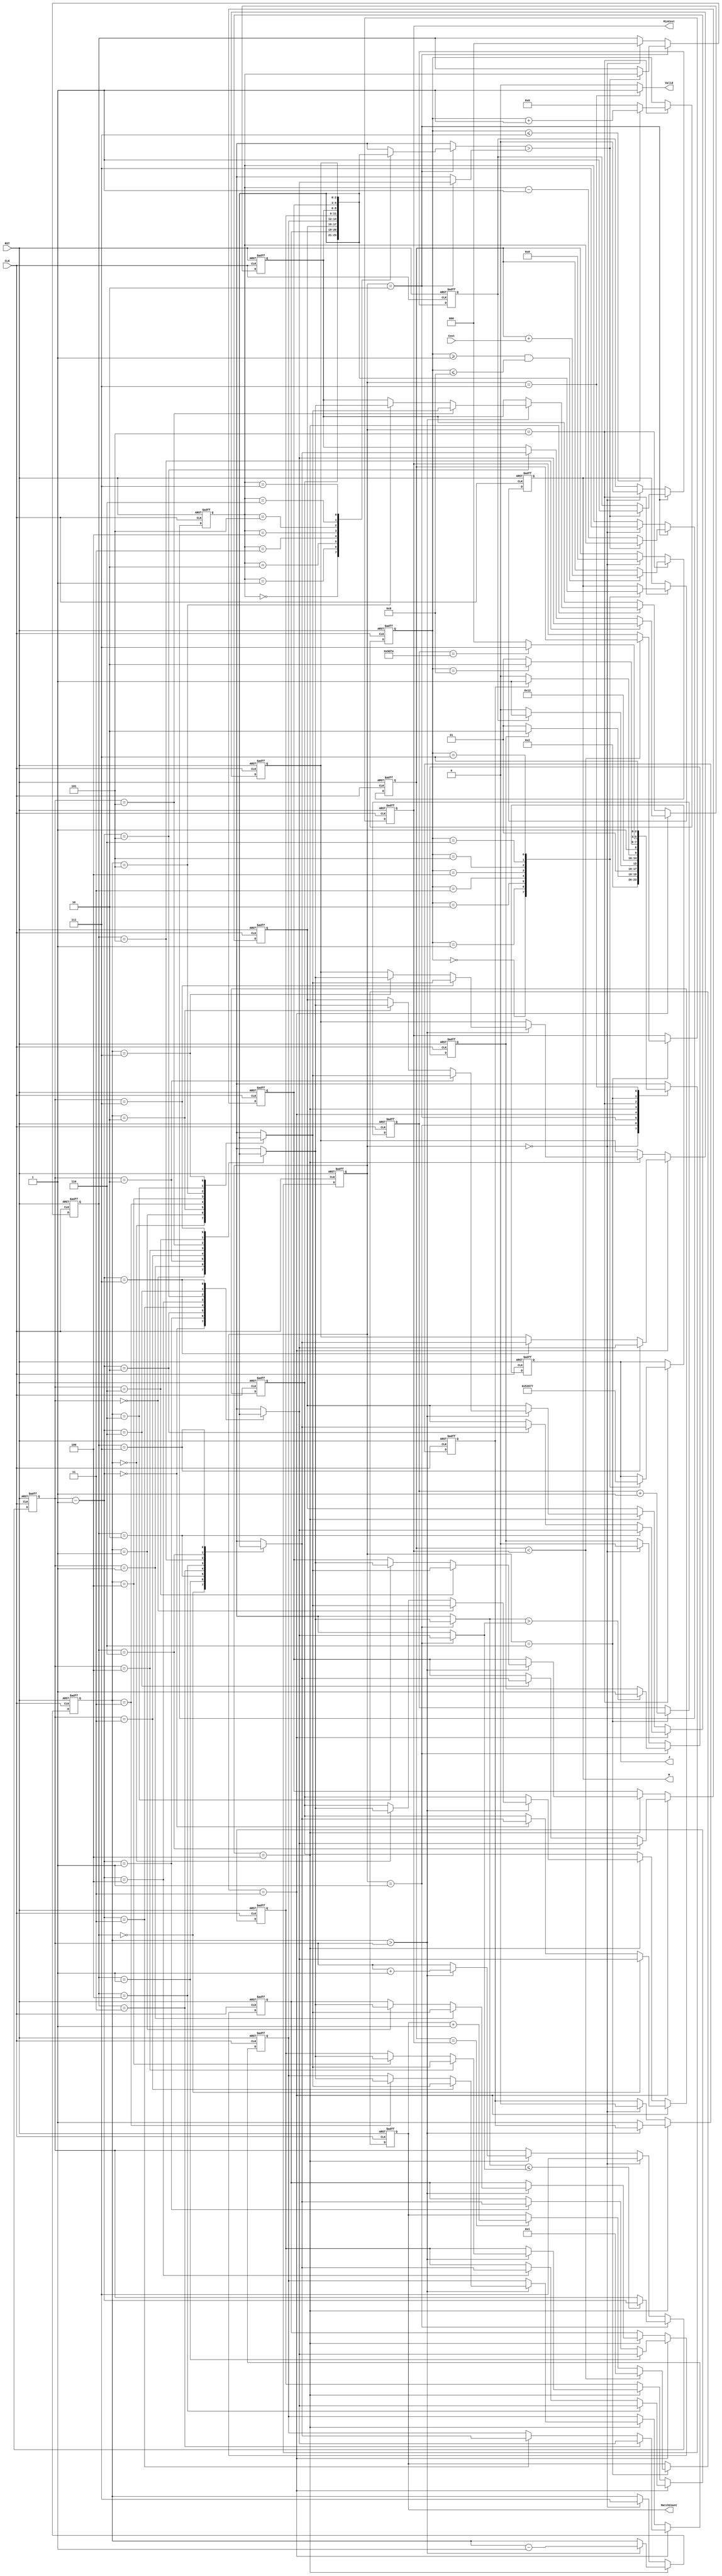
module JAM (
input CLK,
input RST,
output reg [2:0] W,
output reg [2:0] J,
input [6:0] Cost,
output reg [3:0] MatchCount,
output reg [9:0] MinCost,
output reg Valid );
    
    
    //2 ^ 16 
    reg [15:0]round;//*****************************
    reg [2:0]p[0:7];
    reg [2:0]index, min,k,j;
    reg [3:0] sum;
    reg [2:0]state_current, state_next; //********************
    reg next_sort;
    reg next_CAL;
    reg next_part;
    reg [3:0]counter;
    
    parameter IDLE = 3'd0;
    parameter SORT = 3'd1;  
    parameter ALLOCATE = 3'd2;
    parameter PART = 3'd3;
    parameter WHOLE = 3'd4;
    parameter CAL = 3'd5;
    parameter COMPARE = 3'd6;
    parameter DONE = 3'd7;
    
    always @(posedge CLK or posedge RST)begin
        if(RST)begin
            state_current <= IDLE;
        end
        else begin
            state_current <= state_next;
        end
    end
    
    always @(*)begin
        state_next = IDLE;
        case(state_current)
            IDLE : state_next = SORT;
            SORT : begin
                if(next_sort) state_next = ALLOCATE;
                else state_next = SORT;
            end
            ALLOCATE : begin
                if(next_part) state_next=PART;
                else state_next=ALLOCATE;
            end
            PART : state_next = WHOLE;
            WHOLE : begin 
                if(next_CAL) state_next=CAL;
                else state_next= WHOLE;
            end
            CAL : begin 
                if(counter== 8) state_next = COMPARE; 
                else state_next = CAL;
            end
            COMPARE : begin
                if(round == 16'd40318) state_next = DONE;
                else state_next = IDLE;
            end
            DONE : state_next = DONE;
        endcase
    end
    
    
    always @(posedge CLK or posedge RST)begin   // next_sort
        if(RST)begin            
            next_sort <= 0;
        end else begin
            if(state_current==SORT) begin
                if(p[index]>p[index-1])
                    next_sort <= 1;
            end else if(state_current == IDLE)begin
                next_sort <= 0;
            end
        end
    end

    always @(posedge CLK or posedge RST)begin   // sum
        if(RST)begin
            sum <= 0;
        end
        else begin
            if(state_current==SORT) begin
                if(p[index]>p[index-1]) begin
                    sum<= index+7;
                end
            end
        end
    end
    
    always @(posedge CLK or posedge RST)begin   // index
        if(RST)begin
            index <= 7;
        end
        else begin
            if(state_current == SORT) begin
                if(p[index] <= p[index-1])
                    index <= index-1;
            end else if(state_current == IDLE)begin
                index <= 3'd7;
            end else if(state_current == WHOLE) begin
                if(k > index)
                    index <= index+1;
            end
        end
    end
    
    always @(posedge CLK or posedge RST)begin   //ALLOCATE, next_part, min, j
        if(RST)begin
           j  <= 3'd7;
           min <= 3'd0;
           next_part<=0;
        end
        else begin
            if(state_current==ALLOCATE) begin
                if(p[j]>p[index-1]) begin
                    min<=j;
                    next_part<=1;
                end
                else j<=j-1;
            end
            else if(state_current == IDLE)begin
                j  <= 3'd7;
                min <= 3'd0;
                next_part<=0;
            end
        end
    end
    
    always @(posedge CLK or posedge RST)begin   // p 
        if(RST)begin
            p[0] <= 3'd0;
            p[1] <= 3'd1;
            p[2] <= 3'd2;
            p[3] <= 3'd3;
            p[4] <= 3'd4;
            p[5] <= 3'd5;
            p[6] <= 3'd6;
            p[7] <= 3'd7;
        end else begin
            if(state_current==PART) begin
                p[index-1]<=p[min];
                p[min]<=p[index-1];
            end else if(state_current==WHOLE) begin
                if(k>index) begin
                    p[k]<=p[index];
                    p[index]<=p[k];
                end
            end
        end
    end
    
    always @(posedge CLK or posedge RST)begin   //WHOLE: k, next_CAL
        if(RST)begin
           k<=3'd7;
           next_CAL<=0;
        end
        else begin
            if(state_current==WHOLE) begin
                if(k>index) begin
                    k<=k-1;
                end
                else next_CAL <=1;
            end
            else if(state_current==IDLE) begin
                 k<=3'd7;
                 next_CAL<=0;                
            end
        end
    end
    
    reg [9:0]result;
    always @(posedge CLK or posedge RST)begin   //CAL: result
        if(RST) 
            result <= 0;
        else begin
            if(state_current==CAL) begin
                if(counter >= 1 && counter <= 8) begin
                    result <= result + Cost;
                end
            end else if(state_current == IDLE) begin
                result <= 0;
            end
        end
    end
    
    always @(posedge CLK or posedge RST)begin   //CAL
        if(RST)begin
            counter <= 0;
            //Cost <= 0;
            W <= 0;
            J <= 0;
        end
        else begin
            if(state_current==CAL) begin
                case(counter)
                    0 : begin
                        W <= p[0];
                        J <= 0;
                        //Cost <= Cost;
                    end
                    1 : begin
                        W <= p[1];
                        J <= 1;
                        //Cost <= Cost;
                    end
                    2 : begin
                        W <= p[2];
                        J <= 2;
                        //Cost <= Cost;
                    end
                    3 : begin
                        W <= p[3];
                        J <= 3;
                        //Cost <= Cost;
                    end
                    4 : begin
                        W <= p[4];
                        J <= 4;
                        //Cost <= Cost;
                    end
                    5 : begin
                        W <= p[5];
                        J <= 5;
                        //Cost <= Cost;
                    end
                    6 : begin
                        W <= p[6];
                        J <= 6;
                        //Cost <= Cost;
                    end
                    7 : begin
                        W <= p[7];
                        J <= 7;
                        //Cost <= Cost;
                    end
                endcase
                
                if(counter <= 7) counter <= counter + 1;
                else counter <= 0;
            end
            /*
            else if(state_current != CAL && state_current != COMPARE) begin
                result <= 0;
                //Cost <= 0;
            end
            */
        end
    end
    
    reg [9:0]tmp;
    
    always @(posedge CLK or posedge RST)begin   //COMPARE
        if(RST)begin
            MatchCount <= 1;
            MinCost <= 10'd1023;
            round<=0;
        end
        else begin
            if(state_current==COMPARE) begin
                if(result < MinCost)    begin
                    MatchCount <= 1;
                    MinCost <= result;
                    round<=round+1;
                end
                else if(result == MinCost) begin 
                    MatchCount <= MatchCount + 1;
                    round<=round+1;
                end
                else begin
                    round<=round+1;
                end
            end
        end
    end
    
    always @(*) begin
        Valid = 0;
        if(state_current == DONE)begin
            Valid = 1;
        end
    end

endmodule